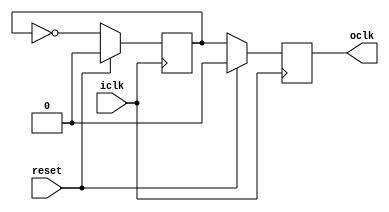
`timescale 1ns/100ps

module cal_div2f(
		reset,
		iclk,
		oclk
		);

   input reset;
   input iclk;
   output oclk;
   reg 	  oclk;
   reg 	  poclk;


   // asynchronous reset

   always @(negedge iclk) begin
      if (reset) begin
	 poclk <= 1'b0;
	 oclk <= 1'b0;
      end else begin
	 poclk <= ~poclk;
	 oclk <= poclk;
      end
   end
endmodule // cal_div2